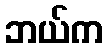
ဘယ်က